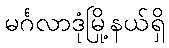
မင်္ဂလာဒုံမြို့နယ်ရှိ